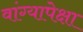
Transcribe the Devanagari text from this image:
वांग्यापेक्षा